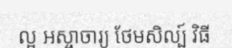
ល្អ អស្ចាចារ្យ ថែមសិល្ប៍ វិធី